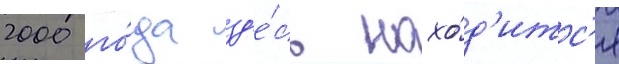
2000 го́да зд'е́сь нахо́д'итс'я